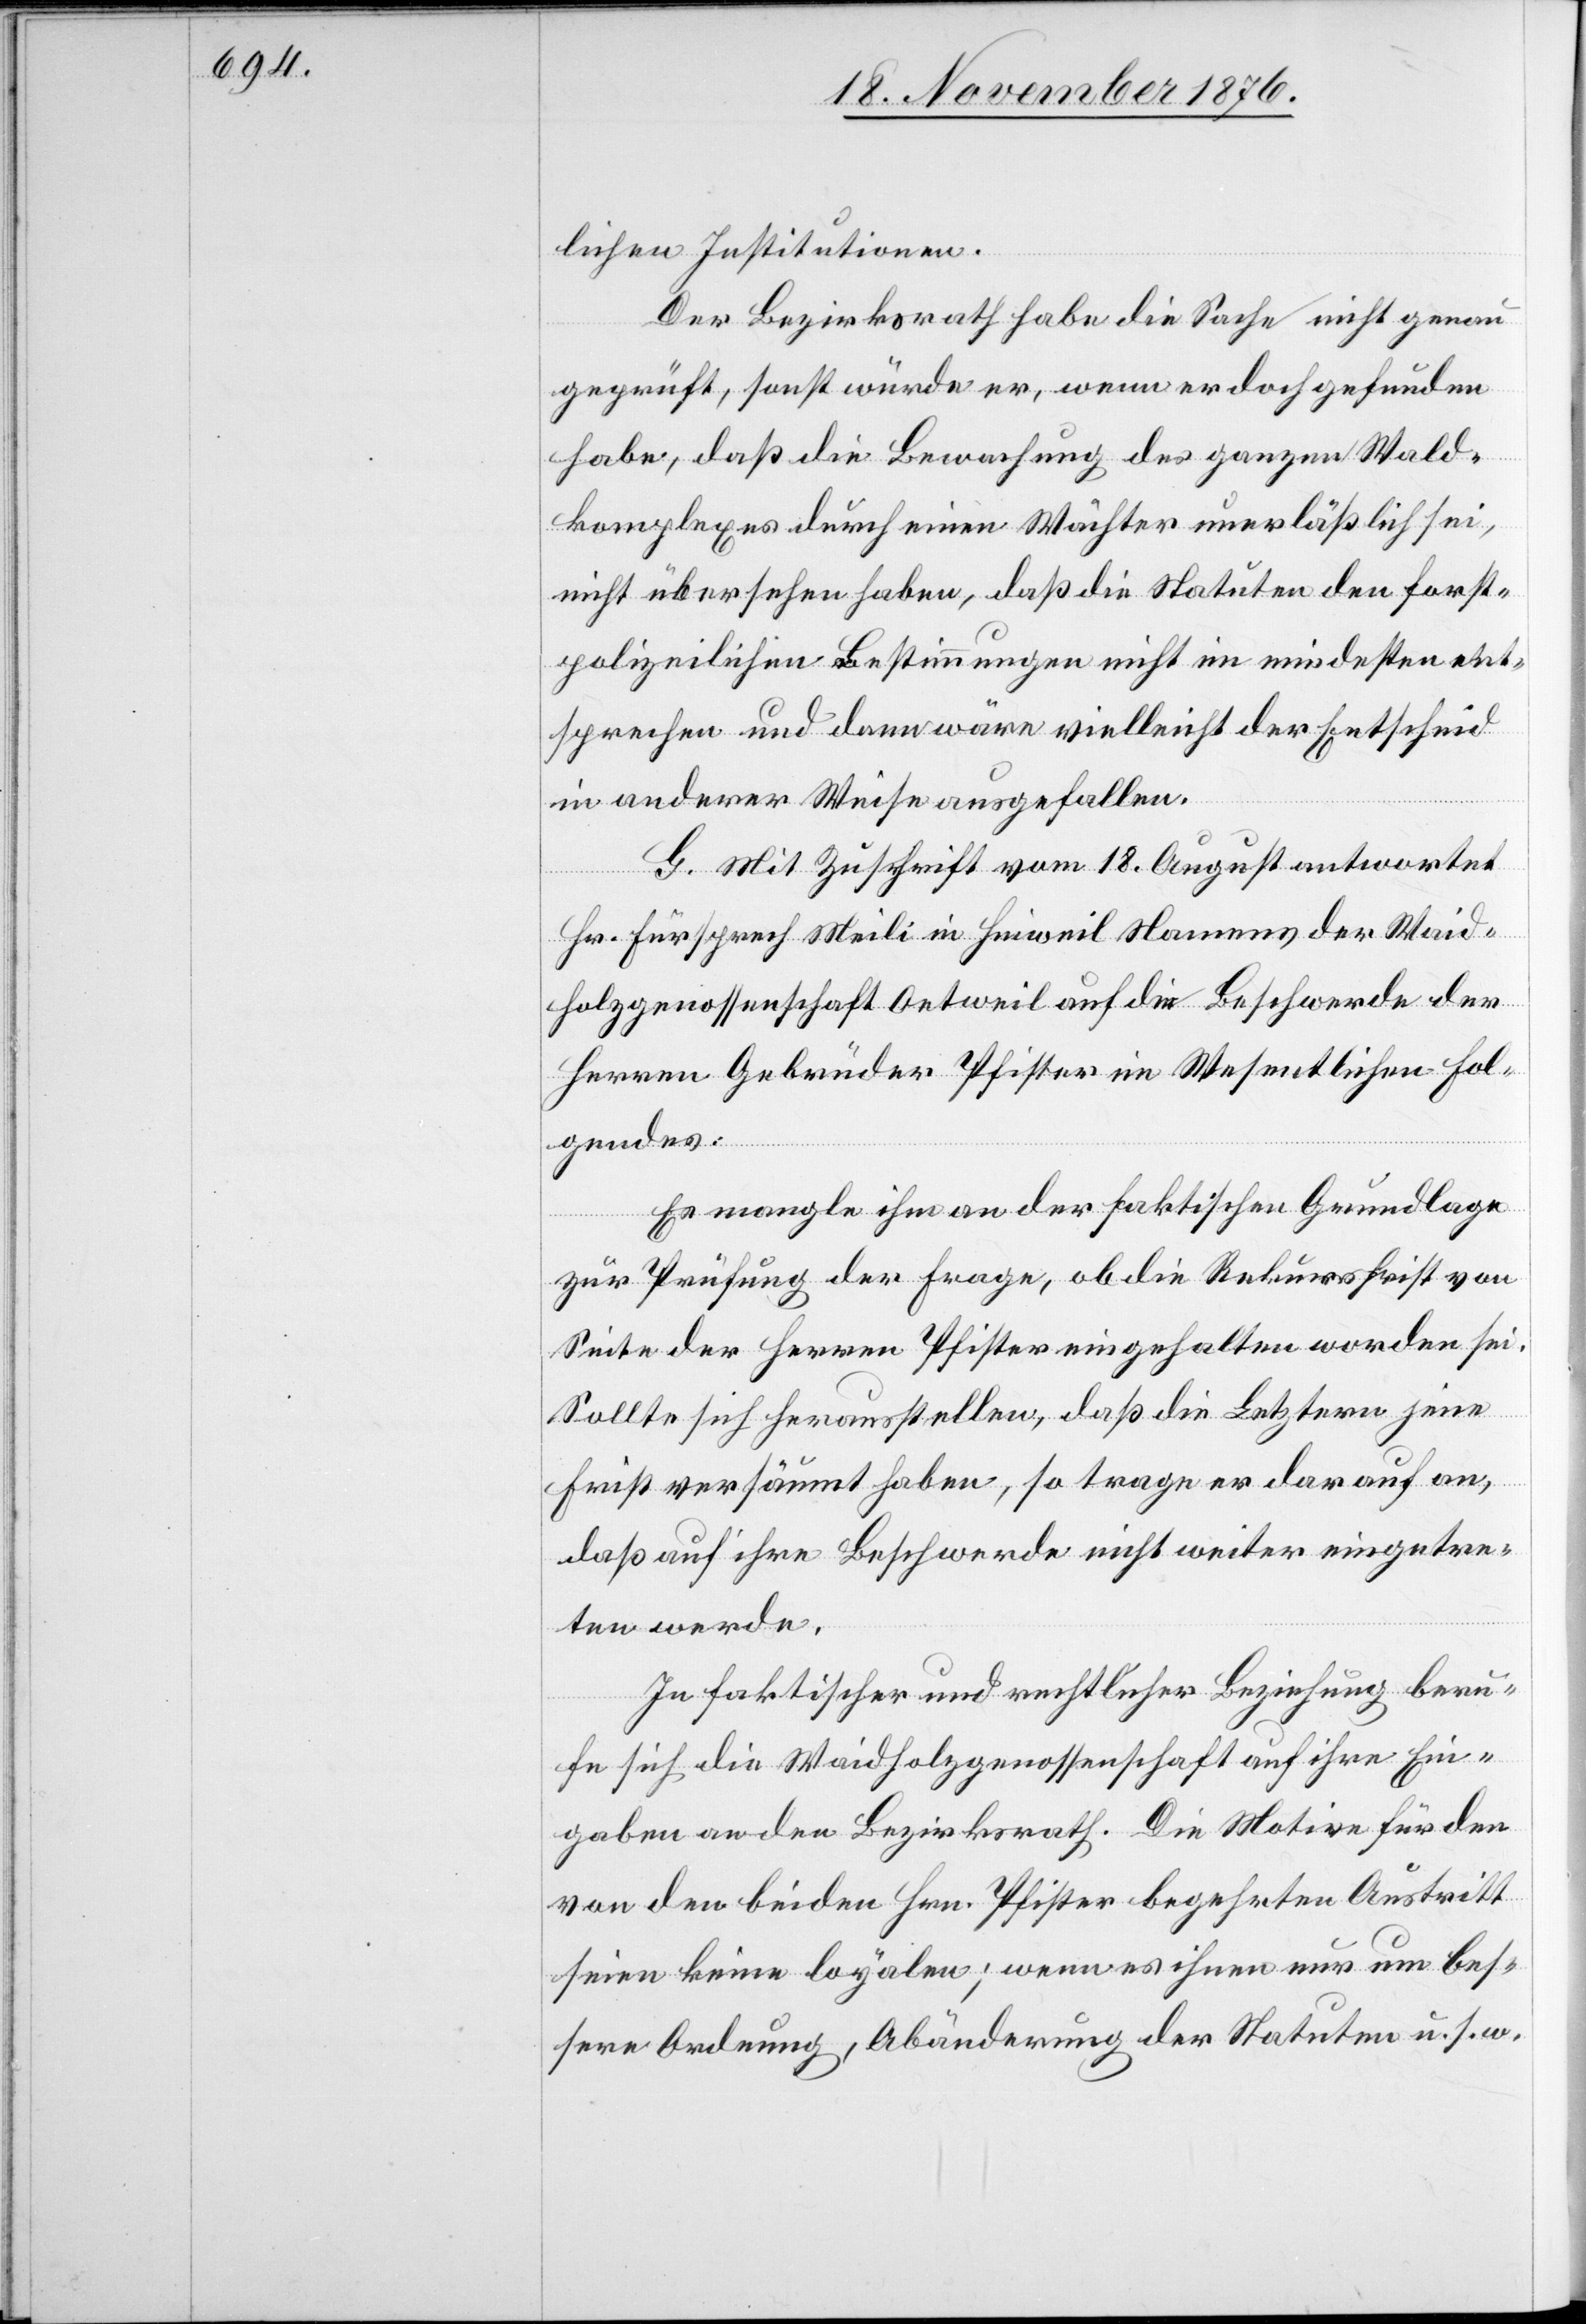
Der Bezirksrath habe die Sache nicht genau
geprüft, sonst würde er, wenn er doch gefunden
habe, daß die Bewachung des ganzen Wald¬
komplexes durch einen Wächter unerläßlich sei,
nicht übersehen haben, daß die Statuten den forst¬
polizeilichen Bestimmungen nicht im mindesten ent¬
sprechen und dann wäre vielleicht der Entscheid
in anderer Weise aufgefallen.
G. Mit Zuschrift vom 18 August antworte¬
t
Hr. Fürsprech Meili in Hinweil Namens der Waid¬
holzgenossenschaft Oetweil auf die Beschwerde der
Herren Gebrüder Pfister im Wesentlichen Fol¬
gendes:
Es mangle ihm an der faktischen Grundlage
zur Prüfung der Frage, ob die Rekursfrist von
Seite der Herren Pfister eingehalten worden sei.
Sollte sich herausstellen, daß die Letztern jene
Frist versäumt haben, so trage er darauf an,
daß auf ihre Beschwerde nicht weiter eingetre¬
ten werde.
In faktischer und rechtlicher Beziehung beru¬
fe sich die Waidholzgenossenschaft auf ihre Ein¬
gaben an den Bezirksrath. Die Motion für den
von den beiden Hrn. Pfister begehrten Austritt
seien keine loyalen; wenn es ihnen nur um bes¬
sere Ordnung, Abänderung der Statuten u. s. w.